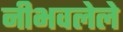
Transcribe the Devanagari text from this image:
नीभवलेले